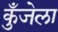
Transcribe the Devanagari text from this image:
कुँजेला